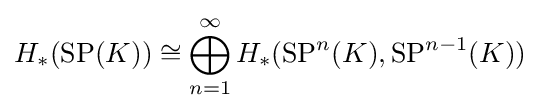
H_{*}(\operatorname {SP} (K))\cong \bigoplus _{n=1}^{\infty }H_{*}(\operatorname {SP} ^{n}(K),\operatorname {SP} ^{n-1}(K))